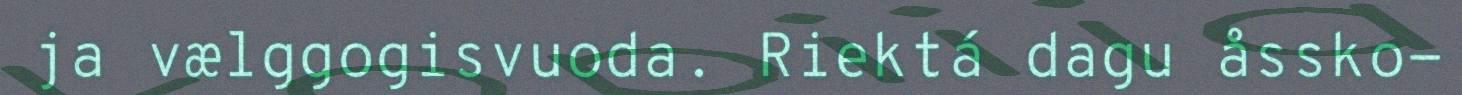
ja vælggogisvuoda. Riektá dagu åssko‐